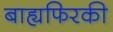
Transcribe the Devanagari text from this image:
बाह्यफिरकी